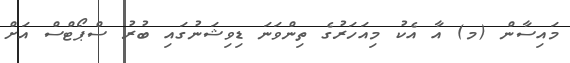
މައިސާން (މ) އާ އެކު މިއަހަރުގެ ތިންވަނަ ޑިވިޝަނުގައި ބުރު ސްޕޯޓްސް އަށް